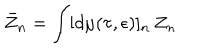
LaTeX: \bar { Z } _ { n } = \int [ d \mu ( \tau , \epsilon ) ] _ { n } \, Z _ { n } \,